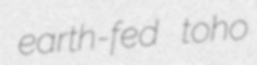
earth-fed toho